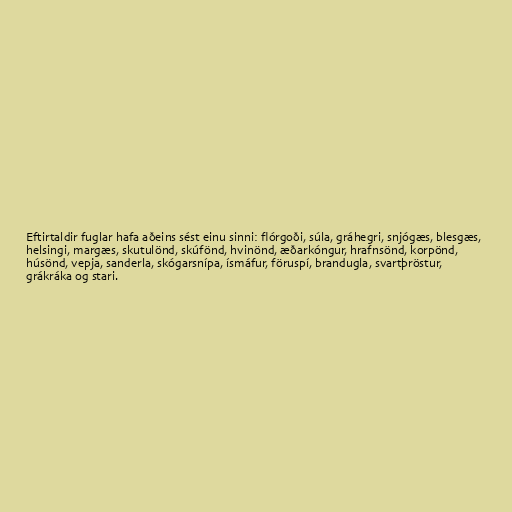
Eftirtaldir fuglar hafa aðeins sést einu sinni: flórgoði, súla, gráhegri, snjógæs, blesgæs,
helsingi, margæs, skutulönd, skúfönd, hvinönd, æðarkóngur, hrafnsönd, korpönd,
húsönd, vepja, sanderla, skógarsnípa, ísmáfur, föruspí, brandugla, svartþröstur,
grákráka og stari.